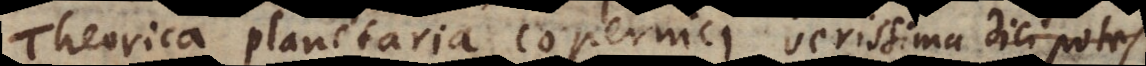
Theorica planetaria Copernici verissima dici potest